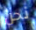
نحن